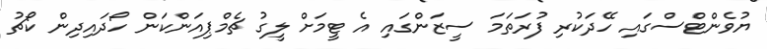
ޔުވެންޓްސްގައި ހޭދަކުރި ފުރަތަމަ ސީޒަންގައި އެ ޓީމަށް ލީގު ޗެމްޕިއަންކަން ހޯދައިދިން ކޯޗު